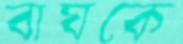
বাঘকে